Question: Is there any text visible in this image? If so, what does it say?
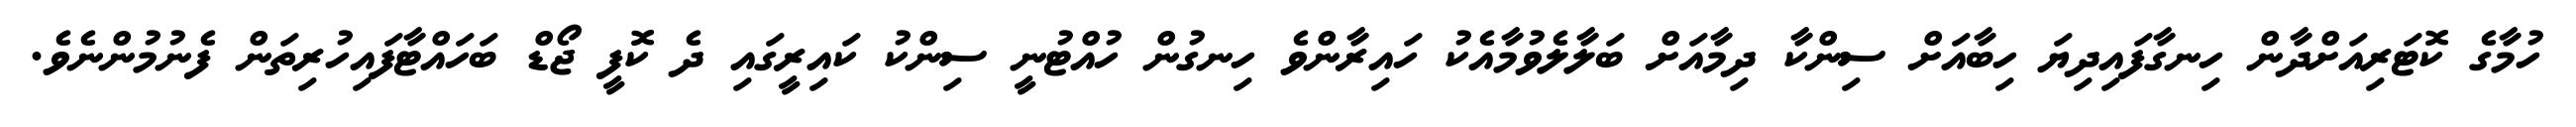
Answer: ހުމާގެ ކޮޓަރިއަށްދާން ހިނގާފައިދިޔަ ހިބާއަށް ސިންކާ ދިމާއަށް ބަލާލެވުމާއެކު ހައިރާންވެ ހިނގުން ހުއްޓުނީ ސިންކު ކައިރީގައި ދެ ކޮފީ ޖޯޑް ބަހައްޓާފައިހުރިތަން ފެނުމުންނެވެ.